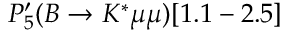
P _ { 5 } ^ { \prime } ( B \to K ^ { * } \mu \mu ) [ 1 . 1 - 2 . 5 ]